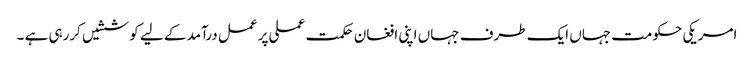
امریکی حکومت جہاں ایک طرف جہاں اپنی افغان حکمت عملی پر عمل درآمد کے لیے کوششیں کررہی ہے ۔